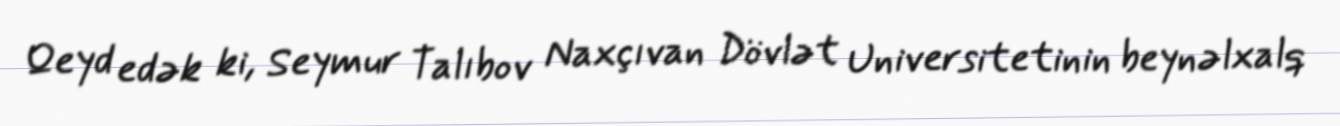
Qeyd edək ki, Seymur Talıbov Naxçıvan Dövlət Universitetinin beynəlxalq